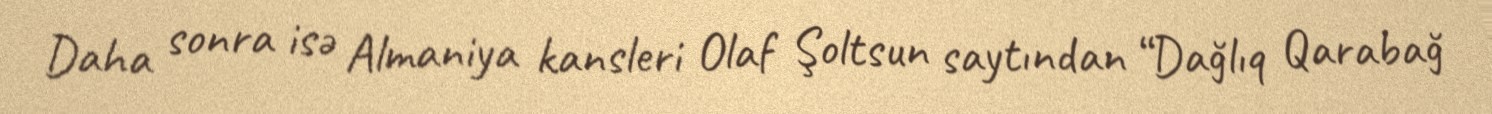
Daha sonra isə Almaniya kansleri Olaf Şoltsun saytından “Dağlıq Qarabağ